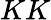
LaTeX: KK